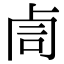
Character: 𠧰